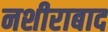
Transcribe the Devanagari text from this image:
नशीराबाद